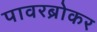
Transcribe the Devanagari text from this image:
पावरब्रोकर